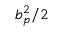
b _ { p } ^ { 2 } / 2